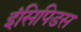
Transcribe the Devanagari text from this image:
इंसिपिडस